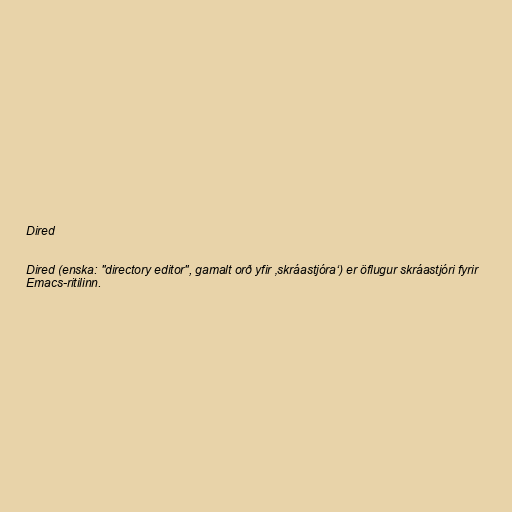
Dired

Dired (enska: "directory editor", gamalt orð yfir ‚skráastjóra‘) er öflugur skráastjóri fyrir
Emacs-ritilinn.